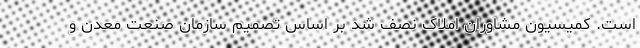
است. کمیسیون مشاوران املاک نصف شد بر اساس تصمیم سازمان صنعت معدن و